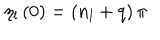
\eta _ { l } \left( 0 \right) = \left( n _ { l } + q \right) \pi